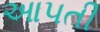
આ૫તી